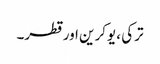
ترکی ، یوکرین اور قطر۔